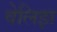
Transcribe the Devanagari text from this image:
वेलिझ